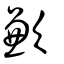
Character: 歉